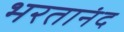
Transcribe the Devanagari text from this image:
भरतानंद